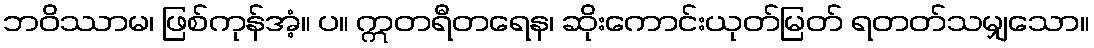
ဘဝိဿာမ၊ ဖြစ်ကုန်အံ့။ ပ။ ဣတရီတရေန၊ ဆိုးကောင်းယုတ်မြတ် ရတတ်သမျှသော။